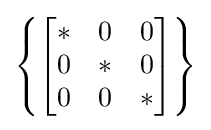
\left\{{\begin{bmatrix}*&0&0\\0&*&0\\0&0&*\end{bmatrix}}\right\}